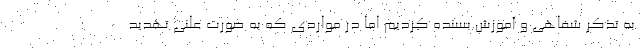
به تذکر شفاهی و آموزش بسنده کردیم اما در مواردی که به صورت علنی تهدید